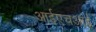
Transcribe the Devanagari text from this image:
आईएचआई